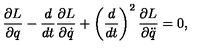
{ \frac { \partial L } { \partial q } } - { \frac { d } { d t } } { \frac { \partial L } { \partial \dot { q } } } + \left( { \frac { d } { d t } } \right) ^ { 2 } { \frac { \partial L } { \partial \ddot { q } } } = 0 ,